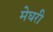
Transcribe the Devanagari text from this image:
मेघरी